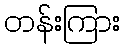
တန်းကြား